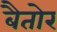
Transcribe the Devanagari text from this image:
बैतोर